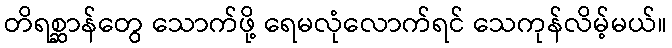
တိရစ္ဆာန်တွေ သောက်ဖို့ ရေမလုံလောက်ရင် သေကုန်လိမ့်မယ်။